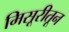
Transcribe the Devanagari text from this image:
मिसूरीतून